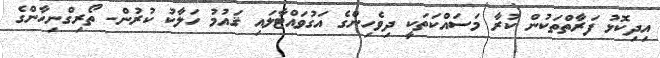
އިދިކޮޅު ފަރާތްތަކުން ކުރާ މަސައްކަތަކީ ދިވެހިންގެ އަގުވައްޓާލައި ޤައުމު ހަލާކު ކުރުން- ތޯރިގްނިހާންގެ